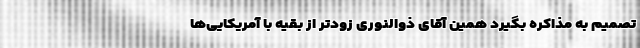
تصمیم به مذاکره بگیرد همین آقای ذوالنوری زودتر از بقیه با آمریکایی‌ها